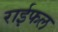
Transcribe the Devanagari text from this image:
राईफल